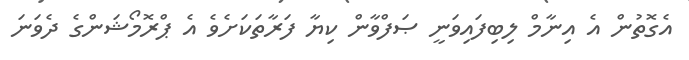
އެގޮތުން އެ އިނާމް ލިބިފައިވަނީ ޞަފްވާން ކިޔާ ފަރާތަކަށެވެ އެ ޕްރޮމޯޝަންގެ ދެވަނަ